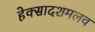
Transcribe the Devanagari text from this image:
हेक्सादशमलव